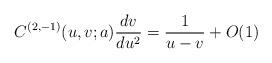
LaTeX: \begin{align*} C^{(2,-1)}(u,v;a) \frac{dv}{du^2} = \frac{1}{u-v} + O(1) \end{align*}